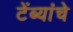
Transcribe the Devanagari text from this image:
टेंब्यांचे